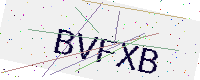
Text: BVFXB